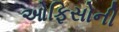
ઓફિસોની